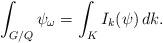
LaTeX: \begin{align*}\int_{G/Q} \psi_\omega = \int_{K} I_k(\psi) \,dk.\end{align*}